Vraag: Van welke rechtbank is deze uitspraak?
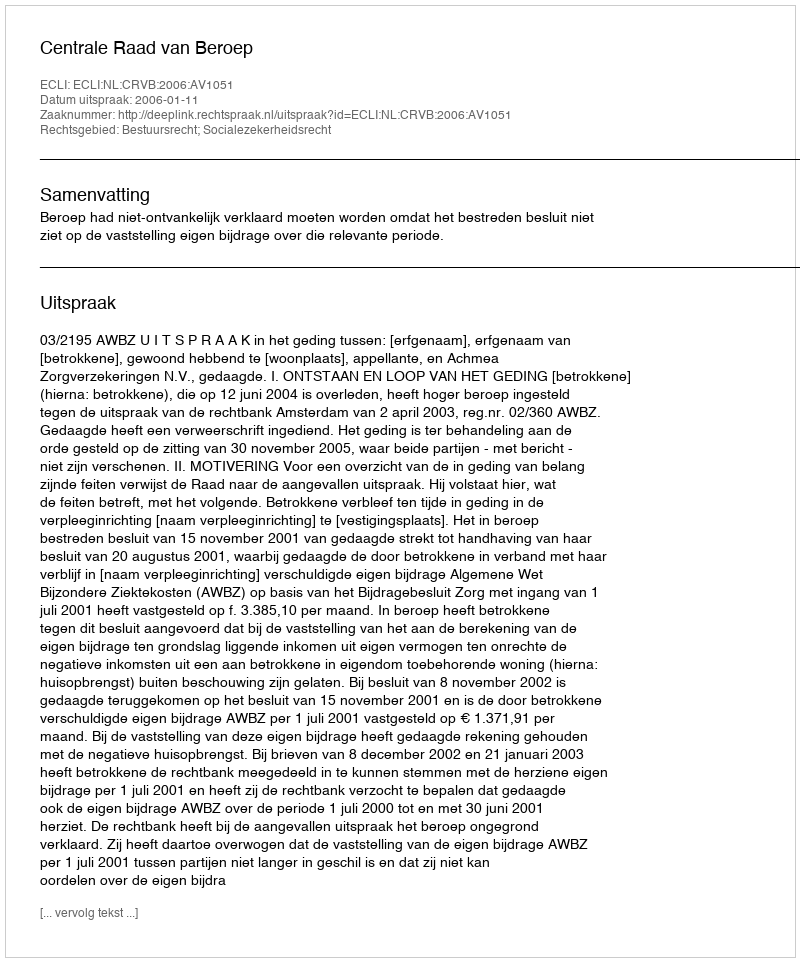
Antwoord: Centrale Raad van Beroep